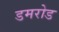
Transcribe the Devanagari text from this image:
डमरोड